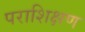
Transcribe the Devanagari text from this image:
पराशिक्षण